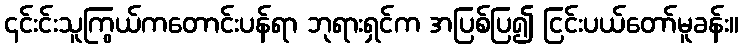
၎င်းင်းသူကြွယ်ကတောင်းပန်ရာ ဘုရားရှင်က အပြစ်ပြ၍ ငြင်းပယ်တော်မူခန်း။